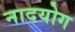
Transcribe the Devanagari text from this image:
नादयोग